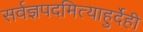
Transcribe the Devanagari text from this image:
सर्वज्ञपदमित्याहुर्देही